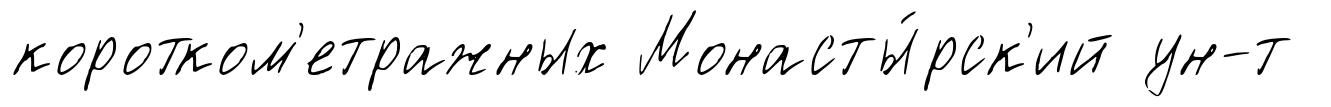
коротком'етражных Монасты́рск'ий ун-т